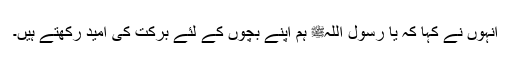
انہوں نے کہا کہ یا رسول اللہﷺ ہم اپنے بچوں کے لئے برکت کی امید رکھتے ہیں۔